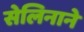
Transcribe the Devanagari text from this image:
सेलिनाने